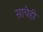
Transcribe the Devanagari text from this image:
साचेही